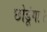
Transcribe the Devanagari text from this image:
छोडूंगा।